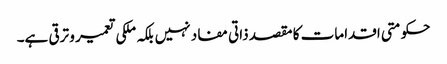
حکومتی اقدامات کا مقصد ذاتی مفاد نہیں بلکہ ملکی تعمیر و ترقی ہے۔